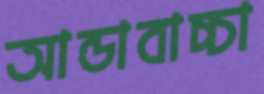
আন্ডাবাচ্চা